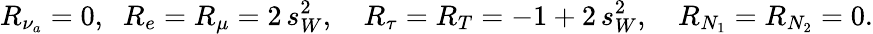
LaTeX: R_{\nu_{a}}=0,\; \; R_{e}=R_{\mu}=2\, s_{W}^{2},\quad R_{\tau}=R_{T}=-1+2\, s_{W}^{2},\quad R_{N_{1}}=R_{N_{2}}=0.